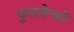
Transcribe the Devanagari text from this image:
फुलजेन्को